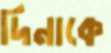
দিনাকে